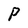
Character: P